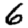
Digit: 6